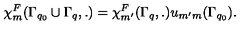
\chi _ { m } ^ { F } ( \Gamma _ { q _ { 0 } } \cup \Gamma _ { q } , . ) = \chi _ { m ^ { \prime } } ^ { F } ( \Gamma _ { q } , . ) u _ { m ^ { \prime } m } ( \Gamma _ { q _ { 0 } } ) .